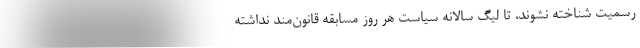
رسمیت شناخته نشوند، تا لیگ سالانه سیاست هر روز مسابقه قانون‌مند نداشته